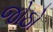
જોઠો